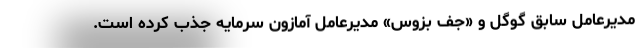
مدیرعامل سابق گوگل و «جف بزوس» مدیرعامل آمازون سرمایه جذب کرده است.